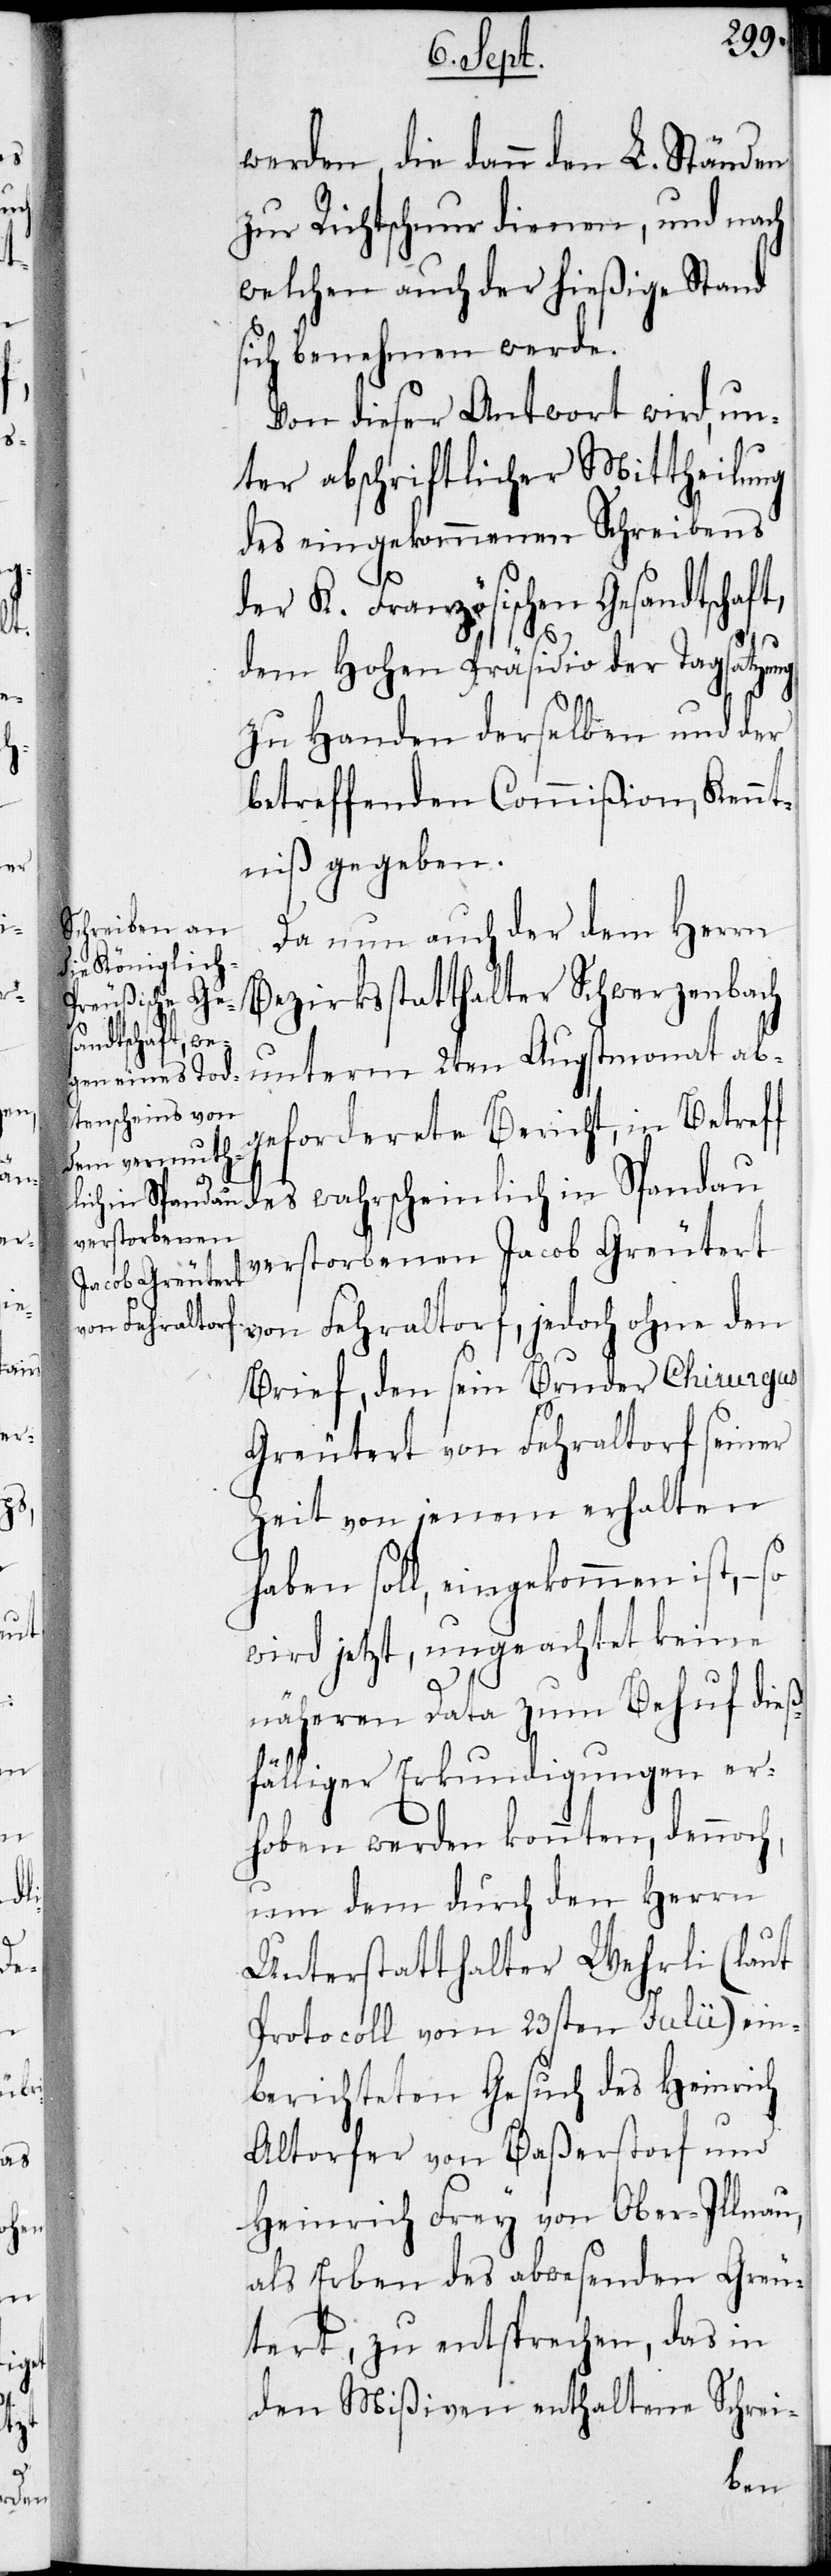
des
in

werden, die dann den L. Ständen
zur Richtschnur dienen, und nach
welchen auch der hießige Stand
sich benehmen werde.
Von dieser Antwort wird, un¬
ter abschriftlicher Mittheilung
des eingekommenen Schreibens
der K. Französischen Gesandtschaft,
dem Hohen Präsidio der Tagsatzung
zu Handen derselben und der
betreffenden Commißion, Kennt¬
niß gegeben.
Da nun auch der dem Herrn
Bezirksstatthalter Schwerzenbach
unterm 2ten Augstmonat ab¬
geforderete Bericht, in Betreff
verstorbenen Jacob Greutert
von Fehraltorf, jedoch ohne den
Brief, den sein Bruder Chirurgus
Greutert von Fehraltorf seiner
Zeit von jenem erhalten
haben soll, eingekommen ist, – so
wird jetzt, ungeachtet keine
näheren Data zum Behuf dieß¬
fälliger Erkundigungen er¬
hoben werden konnten, dennoch,
um dem durch den Herrn
Unterstatthalter Wehrli (laut
Protocoll vom 23sten Julii) ein¬
berichteten Gesuch des Heinrich
Altorfer von Baßerstorf und
Heinrich Frey von Ober-Illnau,
als Erben des abwesenden Greu¬
tert, zu entsprechen, das in
den Mißiven enthaltene Schrei-